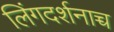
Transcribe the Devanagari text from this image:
लिंगदर्शनाच्च